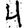
Digit: 4